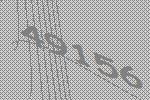
49156